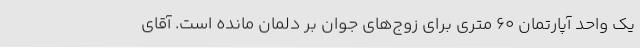
یک واحد آپارتمان 60 متری برای زوج‌های جوان بر دلمان مانده است. آقای